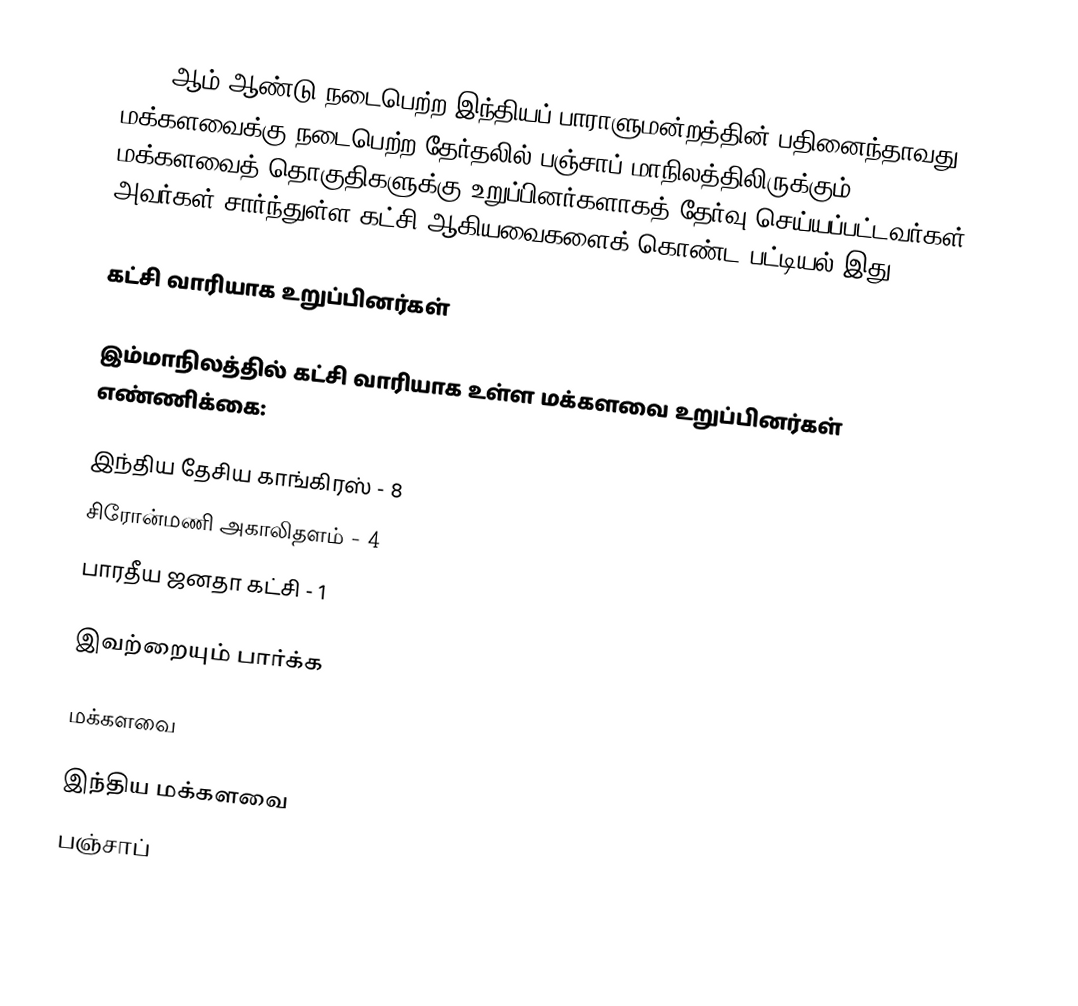
2009 ஆம் ஆண்டு நடைபெற்ற இந்தியப் பாராளுமன்றத்தின் பதினைந்தாவது மக்களவைக்கு நடைபெற்ற தேர்தலில் பஞ்சாப் மாநிலத்திலிருக்கும் 13 மக்களவைத் தொகுதிகளுக்கு உறுப்பினர்களாகத் தேர்வு செய்யப்பட்டவர்கள், அவர்கள் சார்ந்துள்ள கட்சி ஆகியவைகளைக் கொண்ட பட்டியல் இது.

கட்சி வாரியாக உறுப்பினர்கள்

இம்மாநிலத்தில் கட்சி வாரியாக உள்ள மக்களவை உறுப்பினர்கள் எண்ணிக்கை:

இந்திய தேசிய காங்கிரஸ் - 8
சிரோன்மணி அகாலிதளம் - 4
பாரதீய ஜனதா கட்சி - 1

இவற்றையும் பார்க்க

 மக்களவை

இந்திய மக்களவை
பஞ்சாப்